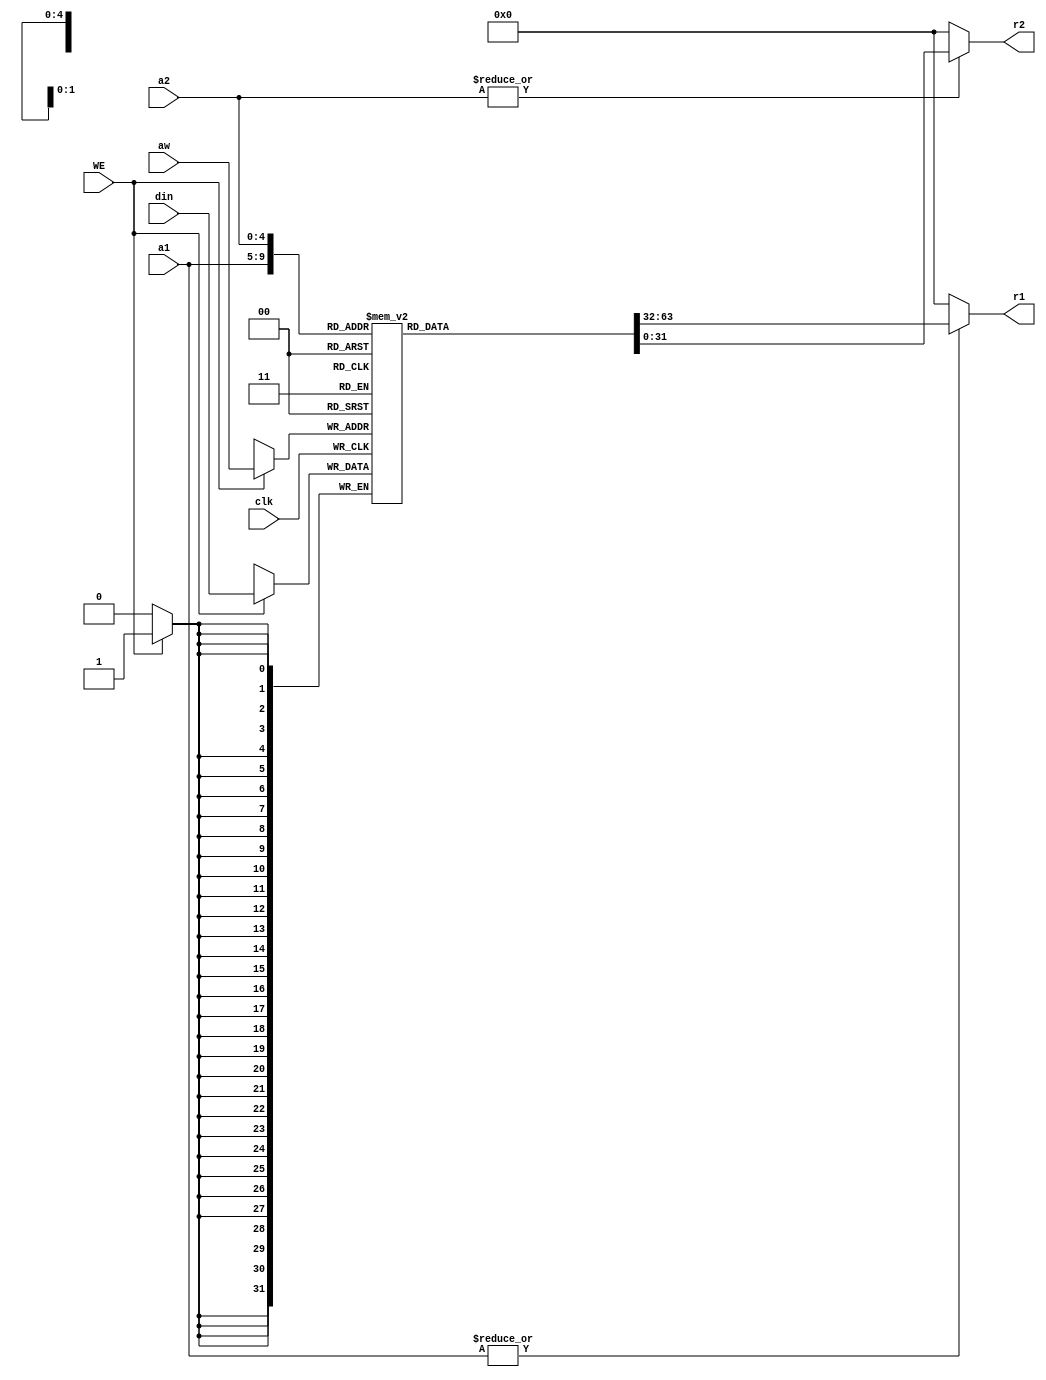
module regfile(clk, a1, a2, aw, WE, din, r1, r2);

    input clk, WE;
    input [4:0] a1, a2, aw;
    input [31:0] din;
    output [31:0] r1, r2;

    reg [31:0] regs[0:31];

    assign r1 = |a1 ? regs[a1] : 0;
    assign r2 = |a2 ? regs[a2] : 0;

    always @(posedge clk) begin
        if (WE) begin
            regs[aw] <= din;
        end
    end

    integer i;
    initial begin
        for (i=0; i<32; i=i+1) begin
            regs[i] = 0;
        end
    end

    //debug
    wire [31:0] sp, s0, s1, t0, t1, a0, v0;

    assign sp = regs[29];
    assign s0 = regs[16];
    assign s1 = regs[17];
    assign t0 = regs[8];
    assign t1 = regs[9];
    assign a0 = regs[4];
    assign v0 = regs[2];

endmodule